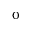
_ 0